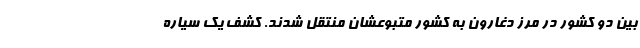
بین دو کشور در مرز دغارون به کشور متبوعشان منتقل شدند. کشف یک سیاره